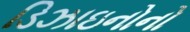
ડિઝાઇનોનો